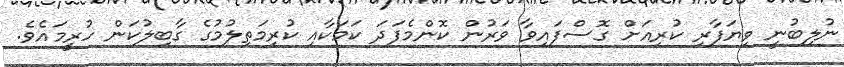
ނުލިބުނީ ވިޔަފާރި ކުރިއަށް ގޮސްފައިވާ ވަރުން ކޮންމެފަދަ ކަމަކާއި ކުރިމަތިލުމުގެ ގާބިލުކަން ހުރީމައެވެ.